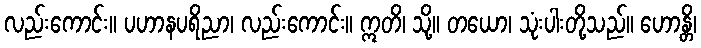
လည်းကောင်း။ ပဟာနပရိညာ၊ လည်းကောင်း။ ဣတိ၊ သို့။ တယော၊ သုံးပါးတို့သည်။ ဟောန္တိ၊